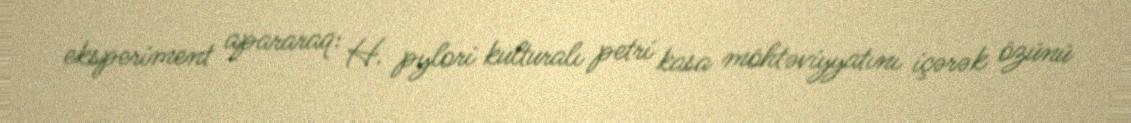
eksperiment apararaq: H. pylori kulturalı petri kasa möhtəviyyatını içərək özünü